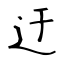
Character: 迀